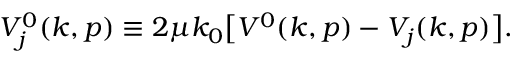
\begin{array} { r } { V _ { j } ^ { 0 } ( k , p ) \equiv 2 \mu k _ { 0 } \big [ V ^ { 0 } ( k , p ) - V _ { j } ( k , p ) \big ] . } \end{array}